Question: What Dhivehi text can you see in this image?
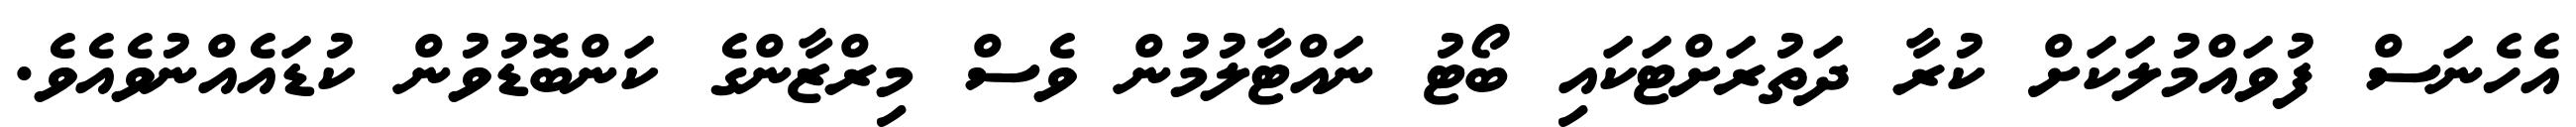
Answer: އެހެނަސް ފުވައްމުލަކަށް ކުރާ ދަތުރަށްޓަކައި ބޯޓު ނައްޓާލުމުން ވެސް މިރްޒާންގެ ކަންބޮޑުވުން ކުޑައެއްނުވެއެވެ.